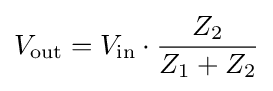
V_{\mathrm {out} }=V_{\mathrm {in} }\cdot {\frac {Z_{2}}{Z_{1}+Z_{2}}}